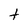
Character: t